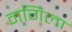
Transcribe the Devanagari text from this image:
नगिला